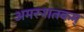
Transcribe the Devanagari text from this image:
अमरूशतकम्